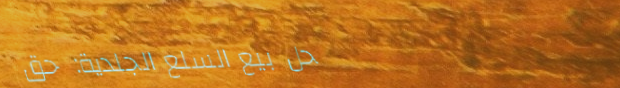
محل بيع السلع الجلدية: حق